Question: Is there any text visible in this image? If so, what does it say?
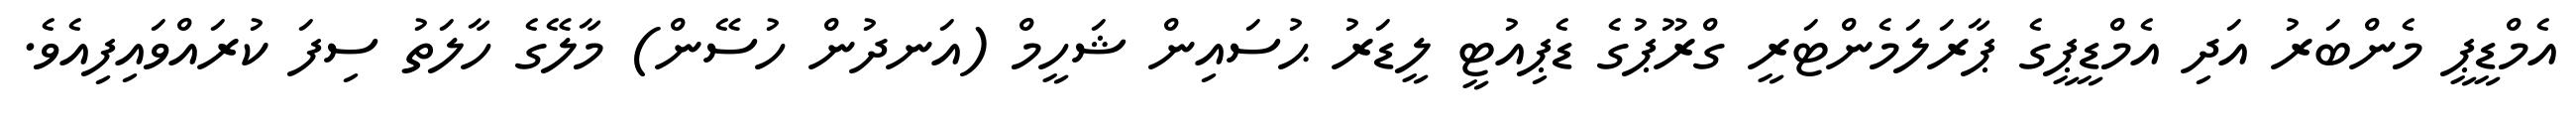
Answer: އެމްޑީޕީ މެންބަރު އަދި އެމްޑީޕީގެ ޕާރަލަމެންޓަރީ ގްރޫޕުގެ ޑެޕިއުޓީ ލީޑަރު ޙުސައިން ޝަހީމް (އަނދުން ހުސޭން) މާލޭގެ ހާލަތު ސިފަ ކުރައްވައިފިއެވެ.